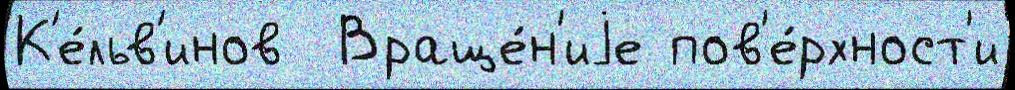
К'е́льв'инов  Враще́н'иjе пов'е́рхност'и